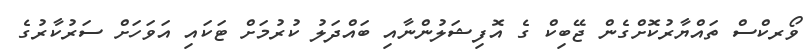
ވޯރކްސް ތައްޔާރުކޮށްގެން ޖޭބިކް ގެ އޮފިޝަލުންނާއި ބައްދަލު ކުރުމަށް ޓަކައި އަވަހަށް ސަރުކާރުގެ